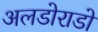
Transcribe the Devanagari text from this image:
अलडोराडो